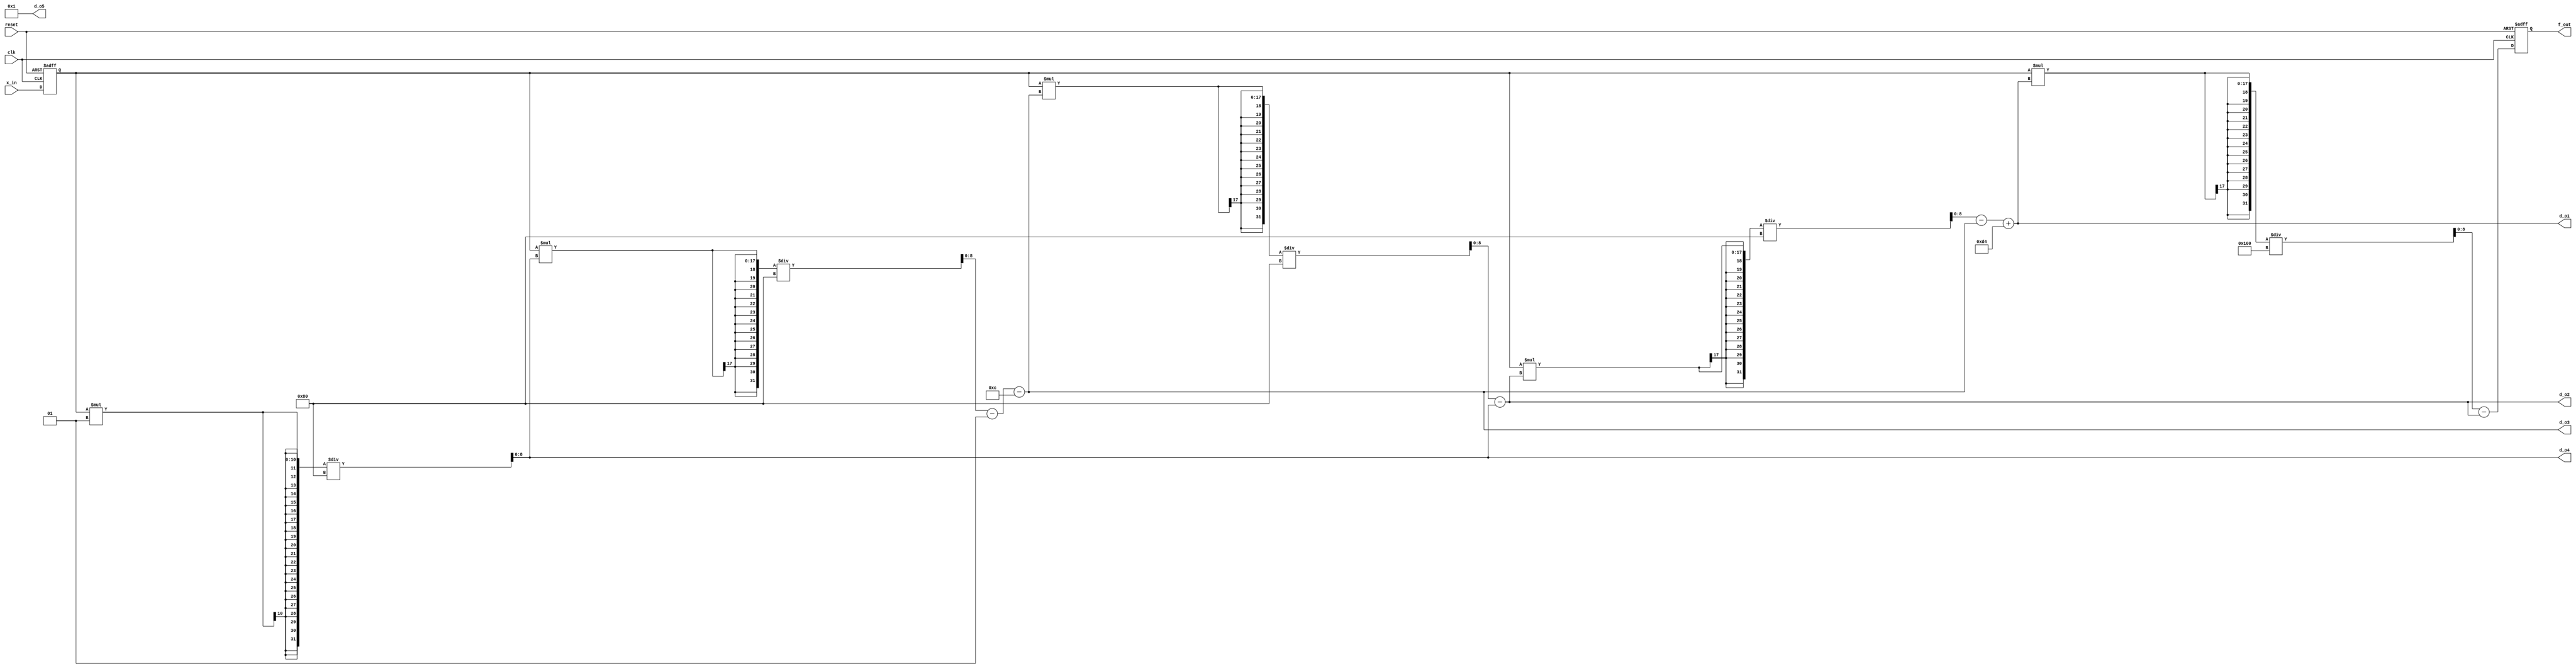
//*********************************************************
// IEEE STD 1364-2001 Verilog file: arctan.v
// Author-EMAIL: Uwe.Meyer-Baese@ieee.org
// --------------------------------------------------------

module arctan #(parameter W = 9,  // Bit width
L = 5)  // Array size
( input clk,  // System clock
  input reset,  // Asynchron reset
  input signed [W-1:0] x_in, // System input
  //output reg signed [W-1:0] d_o [1:L],
  output wire signed [W-1:0] d_o1, d_o2 ,d_o3, d_o4 ,d_o5,
  // Auxiliary recurrence
  output reg signed [W-1:0] f_out); // System output

// --------------------------------------------------------
reg signed [W-1:0] x;  // Auxilary signals
wire signed [W-1:0] f;
wire signed [W-1:0] d [1:L]; // Auxilary array

// Chebychev coefficients c1, c2, c3 for 8 bit precision
// c1 = 212; c3 = -12; c5 = 1;
always @(posedge clk or posedge reset) begin
    if (reset) begin // Asynchronous clear
        x <= 0; 
        f_out <= 0;
    end else begin
        x <= x_in;  // FF for input and output
        f_out <= f;
    end
end

// Compute sum-of-products with
// Clenshaws recurrence formula
assign d[5] = 'sd1;  // c5=1
assign d[4] = (x * d[5]) / 128;
assign d[3] = ((x * d[4]) / 128) - d[5] - 12; // c3=-12
assign d[2] = ((x * d[3]) / 128) - d[4];
assign d[1] = ((x * d[2]) / 128) - d[3] + 212; // c1=212
assign f  = ((x * d[1]) / 256) - d[2];
// last step is different
assign d_o1 = d[1]; // Provide test signals as outputs
assign d_o2 = d[2];
assign d_o3 = d[3];
assign d_o4 = d[4];
assign d_o5 = d[5];

endmodule